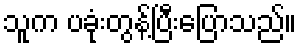
သူက ပခုံးတွန့်ပြီးပြောသည်။